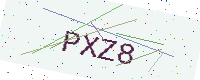
Text: PXZ8